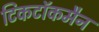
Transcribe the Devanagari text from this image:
टिकटॉकमैन